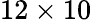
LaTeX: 12\times 10